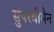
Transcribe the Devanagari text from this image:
सुपरवीमैन